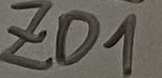
Text: ZD1